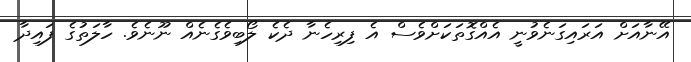
އޭނާއަށް އަރައިގަނެވުނީ އެއްގޮތަކަށްވެސް އެ ފިރިހެނާ ދެކެ ލޯބިވެގެނެއް ނޫނެވެ. ހާލަތުގެ ފައިދާ